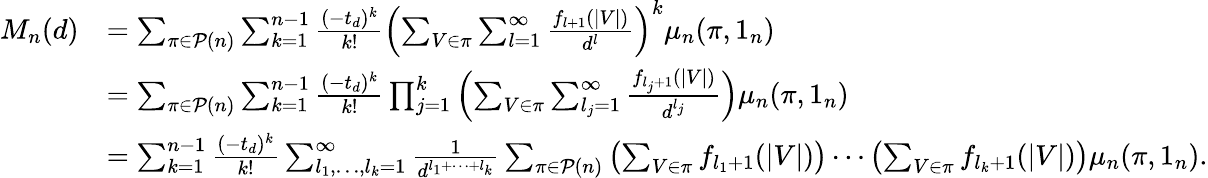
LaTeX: \begin{array}{rl}{M_{n}(d)}&{=\sum_{\pi\in\mathcal{P}(n)}\sum_{k=1}^{n-1}\frac{(-t_{d})^{k}}{k!}\left(\sum_{V\in\pi}\sum_{l=1}^{\infty}\frac{f_{l+1}(|V|)}{d^{l}}\right)^{k}\mu_{n}(\pi,1_{n})}\\ &{=\sum_{\pi\in\mathcal{P}(n)}\sum_{k=1}^{n-1}\frac{(-t_{d})^{k}}{k!}\prod_{j=1}^{k}\left(\sum_{V\in\pi}\sum_{l_{j}=1}^{\infty}\frac{f_{l_{j}+1}(|V|)}{d^{l_{j}}}\right)\mu_{n}(\pi,1_{n})}\\ &{=\sum_{k=1}^{n-1}\frac{(-t_{d})^{k}}{k!}\sum_{l_{1},\dots,l_{k}=1}^{\infty}\frac{1}{d^{l_{1}+\cdots+l_{k}}}\sum_{\pi\in\mathcal{P}(n)}\left(\sum_{V\in\pi}f_{l_{1}+1}(|V|)\right)\cdots\left(\sum_{V\in\pi}f_{l_{k}+1}(|V|)\right)\mu_{n}(\pi,1_{n}).}\end{array}